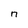
Character: n